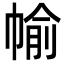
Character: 㡏